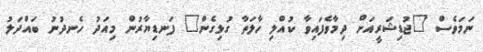
ނަމަވެސް "ޖުޑިޝަރީއަށް ދިމާވެފައިވާ ކުއްލި ހާލަތާ ގުޅިގެން" ފަނޑިޔާރުން މިއަދު ހެނދުނު ބައްދަލު